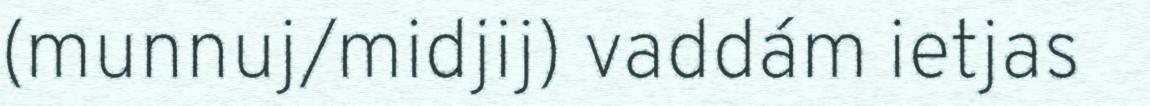
(munnuj/midjij) vaddám ietjas